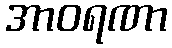
အာဝရဏာ